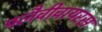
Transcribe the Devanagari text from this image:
फ्लैवीवायरस